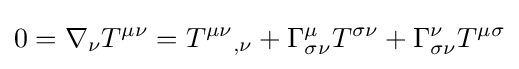
0=\nabla _{\nu }T^{\mu \nu }={T^{\mu \nu }}_{,\nu }+\Gamma _{\sigma \nu }^{\mu }T^{\sigma \nu }+\Gamma _{\sigma \nu }^{\nu }T^{\mu \sigma }